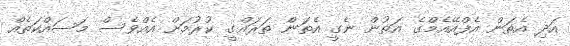
އަދި އެތަން އެފްއޭއެމްގެ އަތުން ނެގީ އެތަން ތަރައްގީ ކުރުމަށް އެއްވެސް މަސައްކަތެއް